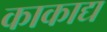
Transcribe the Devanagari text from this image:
काकाद्य